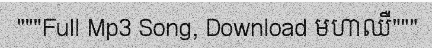
"""Full Mp3 Song, Download មហាឈឺ"""